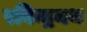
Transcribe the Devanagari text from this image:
रबिन्द्रनथ